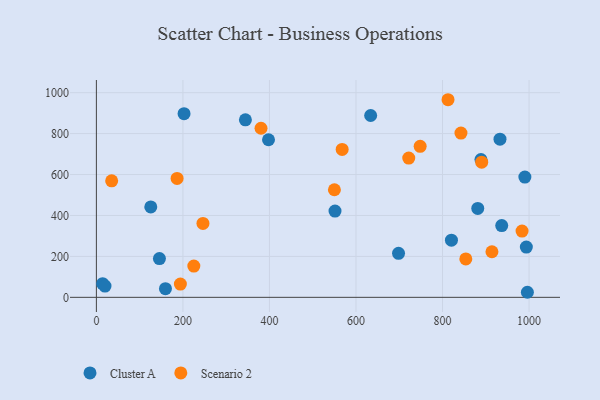
{"axis": {"x": "Speed", "y": "Salary"}, "legend": ["Cluster A", "Scenario 2"], "data": [{"x": "932.8", "y": 772.8, "type": "Cluster A"}, {"x": "159.6", "y": 42.2, "type": "Cluster A"}, {"x": "202.6", "y": 897.5, "type": "Cluster A"}, {"x": "125.7", "y": 441.7, "type": "Cluster A"}, {"x": "698.3", "y": 214.8, "type": "Cluster A"}, {"x": "936.8", "y": 350.6, "type": "Cluster A"}, {"x": "397.8", "y": 769.9, "type": "Cluster A"}, {"x": "881.4", "y": 434.5, "type": "Cluster A"}, {"x": "633.9", "y": 888.5, "type": "Cluster A"}, {"x": "820.6", "y": 279.5, "type": "Cluster A"}, {"x": "14.4", "y": 66.8, "type": "Cluster A"}, {"x": "996.1", "y": 24.7, "type": "Cluster A"}, {"x": "145.7", "y": 189.5, "type": "Cluster A"}, {"x": "344.4", "y": 867.5, "type": "Cluster A"}, {"x": "990.3", "y": 587.7, "type": "Cluster A"}, {"x": "551.5", "y": 421.3, "type": "Cluster A"}, {"x": "888.8", "y": 673.6, "type": "Cluster A"}, {"x": "993.7", "y": 245.6, "type": "Cluster A"}, {"x": "19.9", "y": 55.2, "type": "Cluster A"}, {"x": "186.5", "y": 581.2, "type": "Scenario 2"}, {"x": "246.3", "y": 361.0, "type": "Scenario 2"}, {"x": "380.5", "y": 826.3, "type": "Scenario 2"}, {"x": "194.1", "y": 64.7, "type": "Scenario 2"}, {"x": "853.8", "y": 187.7, "type": "Scenario 2"}, {"x": "550.1", "y": 525.6, "type": "Scenario 2"}, {"x": "568.0", "y": 722.5, "type": "Scenario 2"}, {"x": "914.2", "y": 222.8, "type": "Scenario 2"}, {"x": "225.2", "y": 152.8, "type": "Scenario 2"}, {"x": "35.3", "y": 569.4, "type": "Scenario 2"}, {"x": "812.7", "y": 965.6, "type": "Scenario 2"}, {"x": "890.5", "y": 660.5, "type": "Scenario 2"}, {"x": "842.6", "y": 802.4, "type": "Scenario 2"}, {"x": "721.9", "y": 680.7, "type": "Scenario 2"}, {"x": "748.3", "y": 737.9, "type": "Scenario 2"}, {"x": "983.8", "y": 323.7, "type": "Scenario 2"}]}